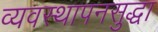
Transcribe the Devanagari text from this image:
व्यवस्थापनसुद्धा